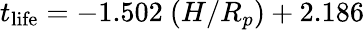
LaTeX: t_{\mathrm{life}}=-1.502~(H/R_{p})+2.186